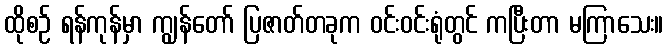
ထိုစဉ် ရန်ကုန်မှာ ကျွန်တော် ပြဇာတ်တခုက ဝင်းဝင်းရုံတွင် ကပြီးတာ မကြာသေး။